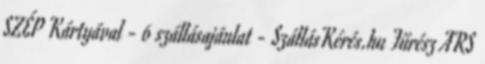
SZÉP Kártyával - 6 szállásajánlat - SzállásKérés.hu Fűrész ARS